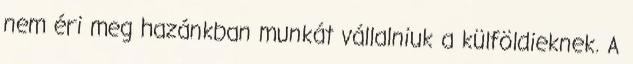
nem éri meg hazánkban munkát vállalniuk a külföldieknek. A